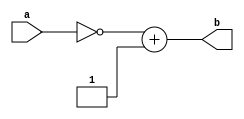

///////////////////////////////////////////////////////////////////////
// URL: http://opencores.org/project,verilog_fixed_point_math_library
// Fixed-point Verilog math library.
///////////////////////////////////////////////////////////////////////

module qtwosComp(
        a,
        b
    );

	//Parameterized values
	parameter Q = 15;
	parameter N = 32;

    input [N-2:0] a;
    output [2*N-1:0] b;


	reg [2*N-1:0] data;
	reg [2*N-1:0] flip;
	reg [2*N-1:0] out;
	
	
	assign b = out;
	
	always @(a)
	begin
		data <= a;		//if you dont put the value into a 64b register, when you flip the bits it wont work right
	end
	
	always @(data)
	begin
		flip <= ~a;
	end
	
	always @(flip)
	begin
		out <= flip + 1;
	end

endmodule